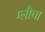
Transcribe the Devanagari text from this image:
ग्लौचा